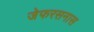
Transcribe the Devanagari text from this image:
जेफरसनास